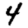
Digit: 4